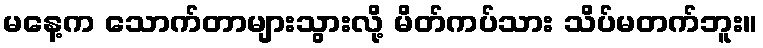
မနေ့က သောက်တာများသွားလို့ မိတ်ကပ်သား သိပ်မတက်ဘူး။